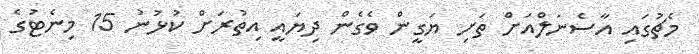
މެޗުގައި އާސެނަލްއަށް ތަށި ޔަގީން ވެގެން ދިޔައީ އިތުރަށް ކުޅުނު 15 މިނެޓުގެ